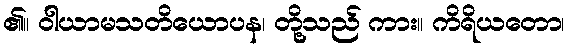
၏။ ဝါယာမသတိယောပန၊ တို့သည် ကား။ ကိရိယတော၊